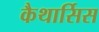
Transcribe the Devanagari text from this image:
कैथार्सिस